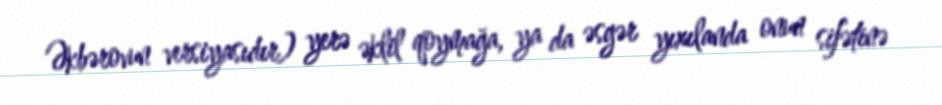
Əkbərovun versiyasıdır) yerə əklil qoymağa, ya da əsgər yıxılanda onun sifətinə